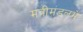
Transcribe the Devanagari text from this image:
मंत्रीमंडलमें